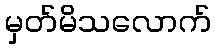
မှတ်မိသလောက်